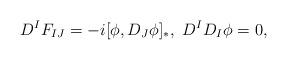
LaTeX: \begin{align*}D^IF_{IJ}=-i[\phi,D_J\phi]_*,\ D^ID_I\phi=0,\end{align*}